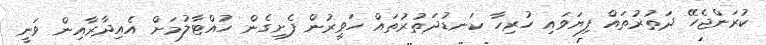
ކުރަންޖެހޭ ދަތުރުތައް ފިޔަވައި ހުރިހާ ކަނޑުދަތުރުތައް ހަވީރުން ފެށިގެން ހުއްޓާލުމަށް އެއިދާރާއިން ވަނީ